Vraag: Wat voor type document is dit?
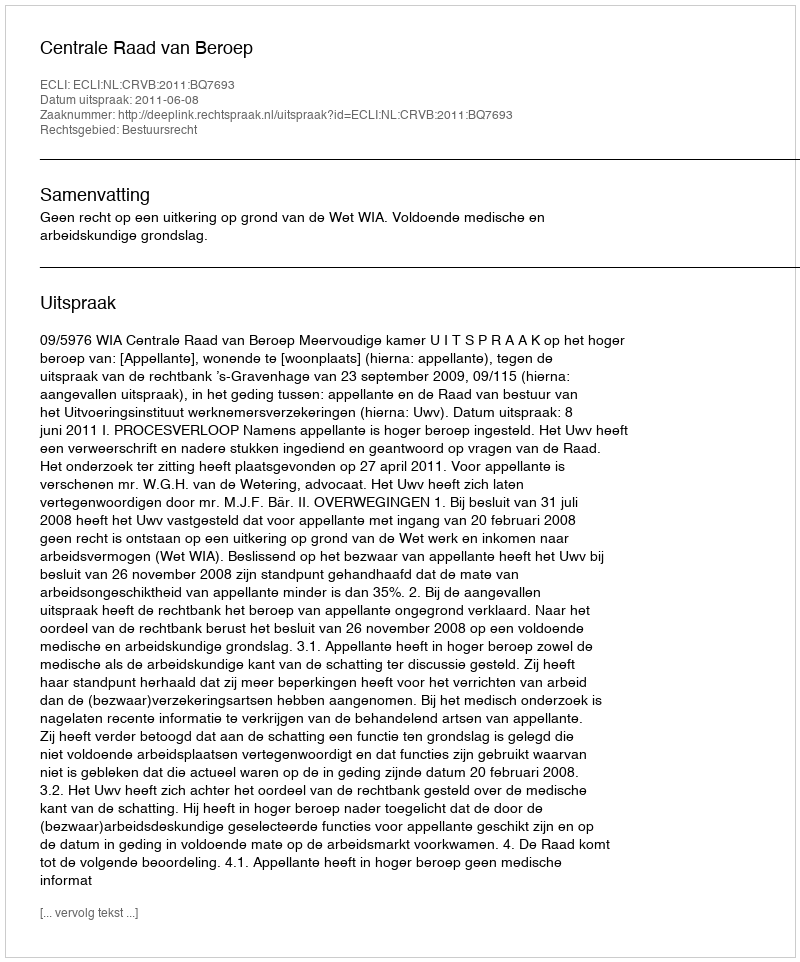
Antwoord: Uitspraak